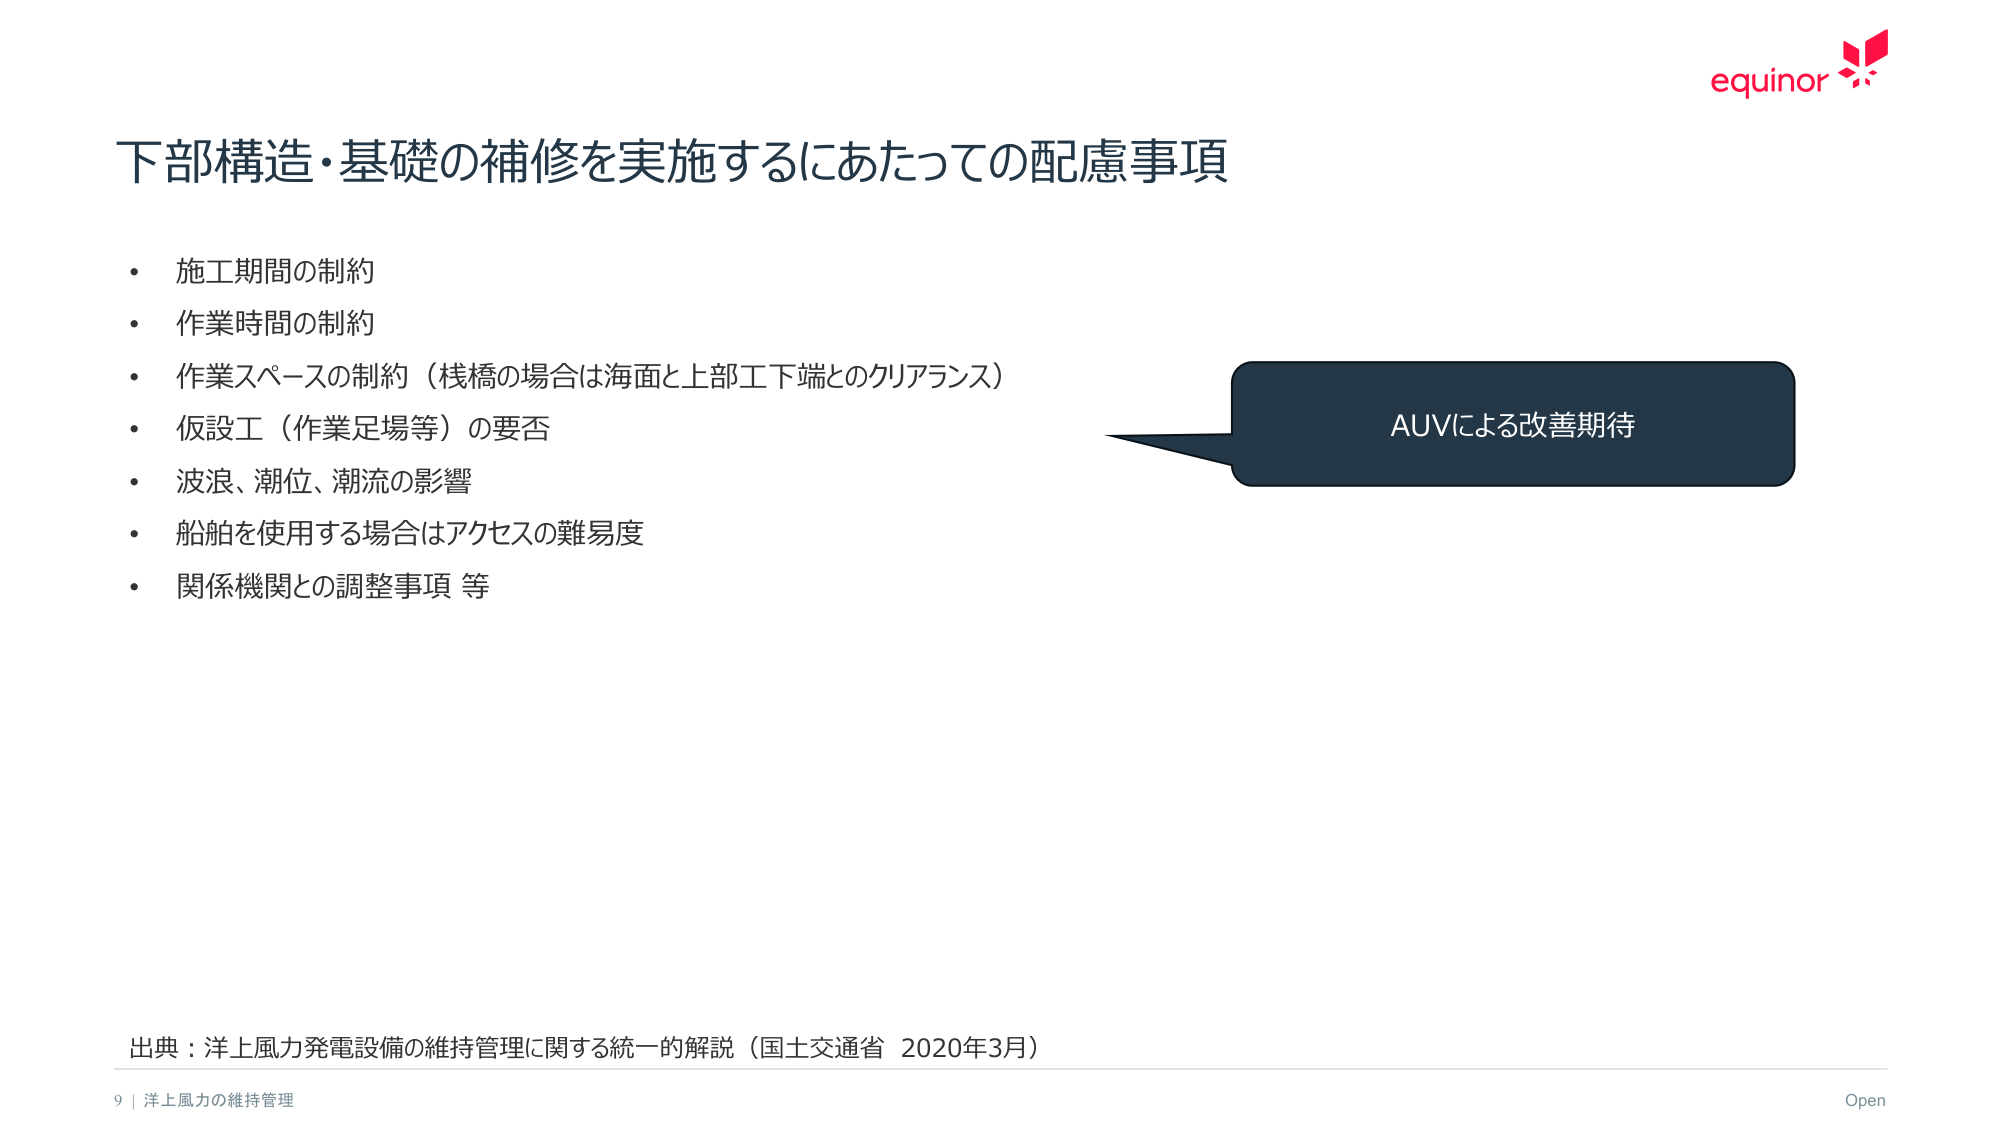
下部構造・基礎の補修を実施するにあたっての配慮事項

・ 施工期間の制約
・ 作業時間の制約
・ 作業スペースの制約（桟橋の場合は海面と上部工下端とのクリアランス）
・ 仮設工（作業足場等）の要否
・ 波浪、潮位、潮流の影響
・ 船舶を使用する場合はアクセスの難易度
・ 関係機関との調整事項 等

AUVによる改善期待

出典：洋上風力発電設備の維持管理に関する統一的解説（国土交通省 2020年3月）

9 | 洋上風力の維持管理
Open
equinor